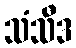
သံသီဒ